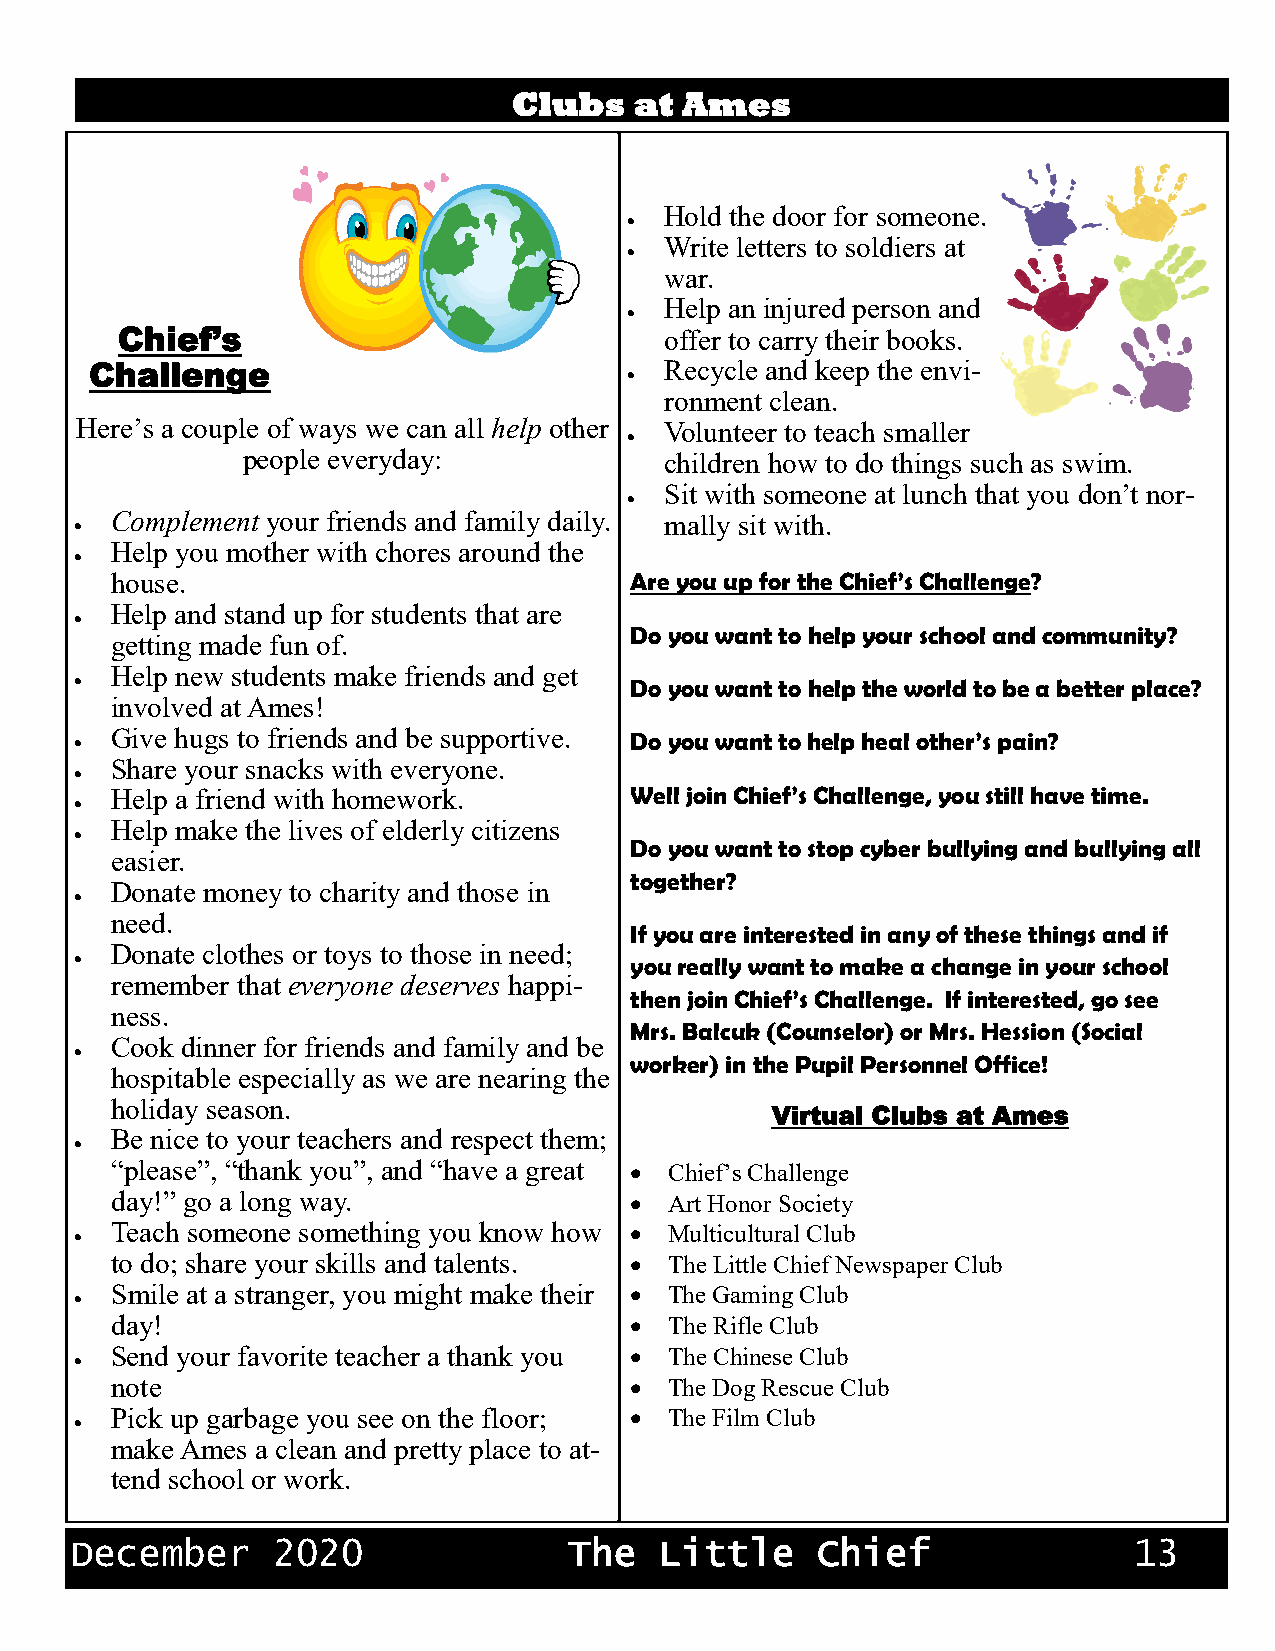
Clubs   at Ames
 Hold the door for someone.
 •
 Write letters to soldiers at
 •
 war.
 Help an injured person and
 •
 Chief’s                             offer to carry their books.
 Challenge                             Recycle and keep the envi-
 •
 ronment clean.
 Here’s a couple of ways we can all help other Volunteer to teach smaller
 •
 people everyday:            children how to do things such as swim.
 Sit with someone at lunch that you don’t nor-
 •
 • Complement your friends and family daily. mally sit with.
 Help you mother with chores around the
 •
 house.                             Are you up for the Chief’s Challenge?
 Help and stand up for students that are
 •
 Do you want to help your school and community?
 getting made fun of.
 Help new students make friends and get
 •                                    Do you want to help the world to be a better place?
 involved at Ames!
 • Give hugs to friends and be supportive. Do you want to help heal other’s pain?
 Share your snacks with everyone.
 •
 Help a friend with homework.       Well join Chief’s Challenge, you still have time.
 •
 Help make the lives of elderly citizens
 •
 Do you want to stop cyber bullying and bullying all
 easier.
 together?
 Donate money to charity and those in
 •
 need.
 If you are interested in any of these things and if
 Donate clothes or toys to those in need;
 •                                    you really want to make a change in your school
 remember that everyone deserves happi-
 then join Chief’s Challenge. If interested, go see
 ness.
 Mrs. Balcuk (Counselor) or Mrs. Hession (Social
 Cook dinner for friends and family and be
 •
 worker) in the Pupil Personnel Office!
 hospitable especially as we are nearing the
 holiday season.
 Virtual Clubs at Ames
 •
 Be nice to your teachers and respect them;
 “please”, “thank you”, and “have a great • Chief’s Challenge
 day!” go a long way.               • Art Honor Society
 Teach someone something you know how • Multicultural Club
 •
 to do; share your skills and talents. • The Little Chief Newspaper Club
 Smile at a stranger, you might make their • The Gaming Club
 •
 day!                               • The Rifle Club
 Send your favorite teacher a thank you • The Chinese Club
 •
 note                               • The Dog Rescue Club
 Pick up garbage you see on the floor; • The Film Club
 •
 make Ames a clean and pretty place to at-
 tend school or work.
 December     2020                The   Little    Chief                13